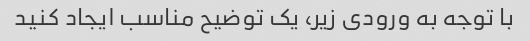
با توجه به ورودی زیر، یک توضیح مناسب ایجاد کنید